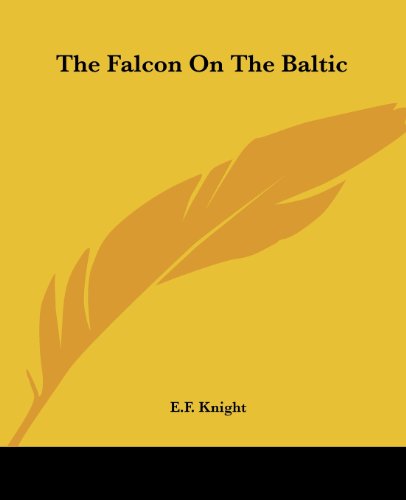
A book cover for The Falcon On The Baltic; E.F. Knight; Travel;